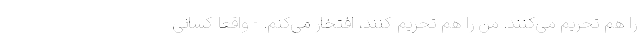
را هم تحریم می‌کنند. من را هم تحریم کنند، افتخار می‌کنم. - واقعا کسانی